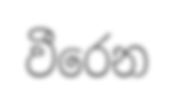
වීරෙන